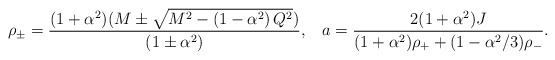
\begin{align*}\rho_{\pm} = \frac{(1+\alpha^2) (M \pm \sqrt{ M^{2} - \left( 1-\alpha^{2} \right) Q^{2}})}{\left(1 \pm \alpha^{2}\right)}, \; \; \; a = \frac{2 (1 + \alpha^2) J}{ (1 + \alpha^2) \rho_{+} +(1-\alpha^{2}/3) \rho_{-}} . \end{align*}